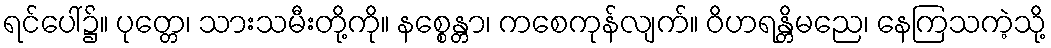
ရင်ပေါ်၌။ ပုတ္တေ၊ သားသမီးတို့ကို။ နစ္စေန္တာ၊ ကစေကုန်လျက်။ ဝိဟရန္တိမညေ၊ နေကြသကဲ့သို့